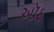
ઑફ